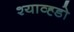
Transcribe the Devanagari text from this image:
श्याव्ह्डो